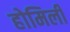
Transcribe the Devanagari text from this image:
होमिली